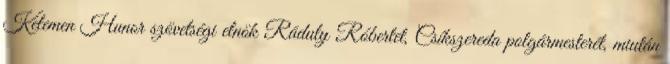
Kelemen Hunor szövetségi elnök Ráduly Róbertet, Csíkszereda polgármesterét, miután